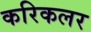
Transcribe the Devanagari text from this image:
करिकलर